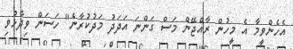
އެހެންވީމާ އެ މީހުން ރާއްޖޭން މަސް ގަންނަ އަދަދު މަދުކުރާނެ" ހަސަން ވިދާޅުވި